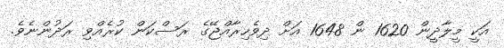
އަކީ މީލާދީން 1620 ން 1648 އަށް ދިވެހިރާއްޖޭގެ ރަސްކަން ކުރެއްވި ރަދުންނެވެ.